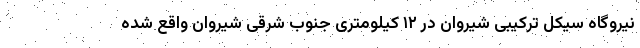
نیروگاه سیکل ترکیبی شیروان در ۱۲ کیلومتری جنوب شرقی شیروان واقع شده